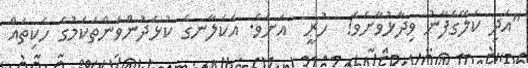
"އަދި ކަލޭގެފާނު ވިދާޅުވާށެވެ!  ހުރީ  އަށެވެ. އެކަލާނގެ ކުޅަދުންވަންތަކަމުގެ ހެކިތައް